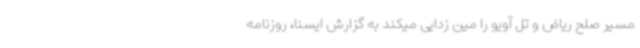
مسیر صلح ریاض و تل آویو را مین زدایی میکند به گزارش ایسنا، روزنامه